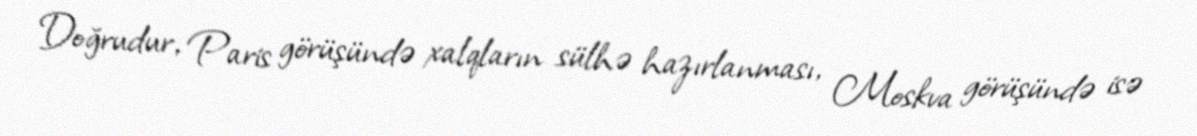
Doğrudur, Paris görüşündə xalqların sülhə hazırlanması, Moskva görüşündə isə